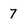
Character: 7